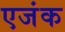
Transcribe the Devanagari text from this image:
एजंक